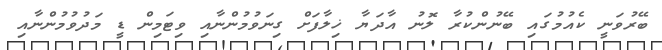
ބޭރުވަނީ ކެއުމުގައި ބޭނުންކުރާ ލޮނު އާދަޔާ ޚިލާފަށް ގިނަވުމުންނާއި ވިޓަމިން ޑީ މަދުވުމުންނާއި